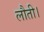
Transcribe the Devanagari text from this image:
लौती।